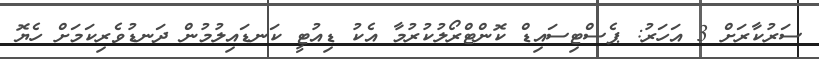
ސަރުކާރަށް 3 އަހަރު: ޕެސްޓިސައިޑް ކޮންޓްރޯލުކުރުމާ އެކު ޑިއުޓީ ކަނޑައިލުމުން ދަނޑުވެރިކަމަށް ހެޔޮ